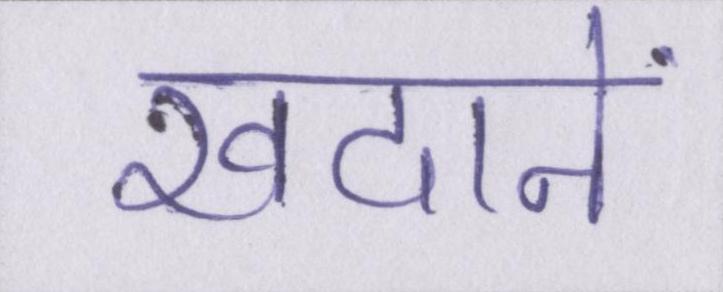
खदानें